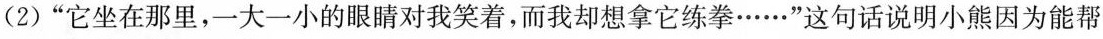
(2) ”它坐在那里，一大一小的眼睛对我笑着，而我却想拿它练拳……”这句话说明小熊因为能帮